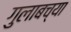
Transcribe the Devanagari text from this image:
गुलाबच्या